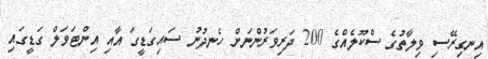
އިނގިރޭސި ވިލާތުގެ ސްކޫލެއްގެ 200 ދަރިވަރުންނަށް ހެނދުނު ސައިގަޑީގަ އާއި އިންޓަވަލް ގަޑީގައި